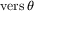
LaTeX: \operatorname { v e r s } \theta